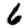
Digit: 6